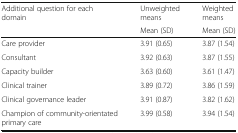
| <ROWSPAN=2> Additional question for each domain | Unweighted means | Weighted means |
 | Mean (SD) | Mean (SD) |
 | --- | --- | --- |
 | Care provider | 3.91 (0.65) | 3.87 (1.54) |
 | Consultant | 3.92 (0.63) | 3.87 (1.55) |
 | Capacity builder | 3.63 (0.60) | 3.61 (1.47) |
 | Clinical trainer | 3.89 (0.72) | 3.86 (1.59) |
 | Clinical governance leader | 3.91 (0.87) | 3.82 (1.62) |
 | Champion of community-orientated primary care | 3.99 (0.58) | 3.94 (1.54) |